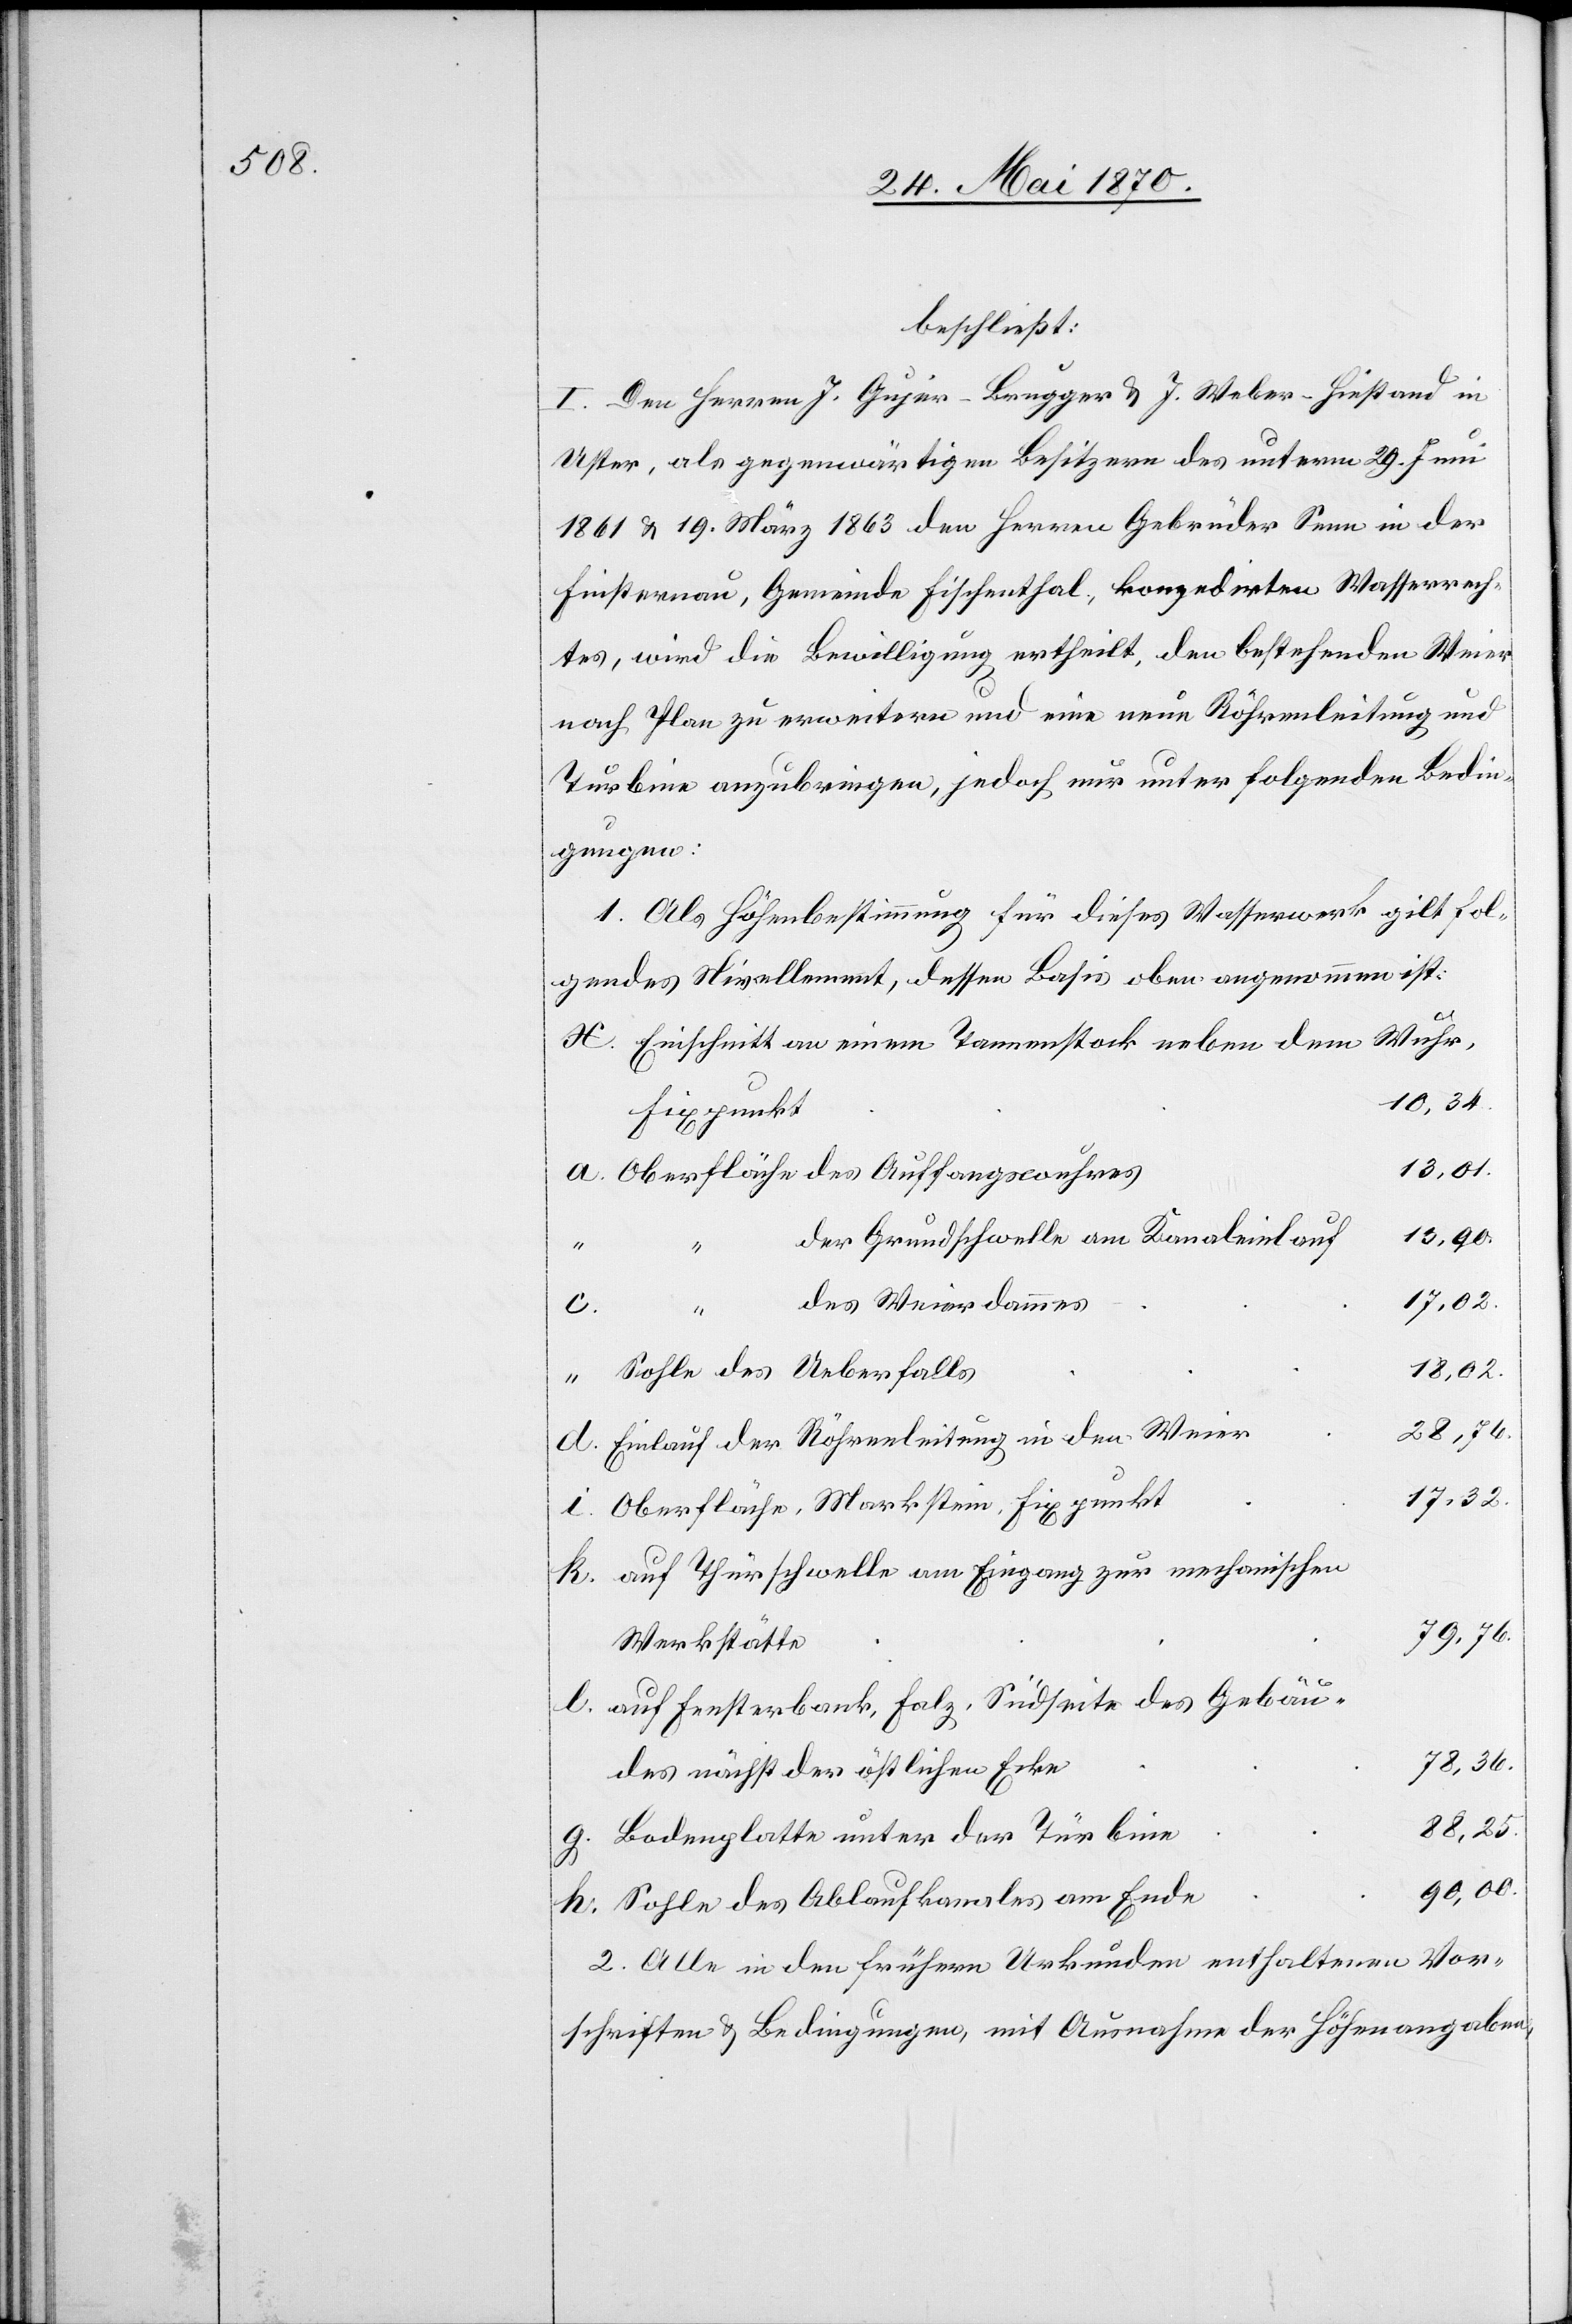
beschließt:
I. Den Herren J. Gujer-Brugger & J. Weber-Hiestand in
Uster, als gegenwärtigen Besitzern des unterm 29. Juni
1861 & 19. März 1863 den Herren Gebrüder Senn in der
Finsternau, Gemeinde Fischenthal, konzedirten Wasserrech¬
tes, wird die Bewilligung ertheilt, den bestehenden Weier
nach Plan zu erweitern und eine neue Röhrenleitung und
Turbine anzubringen, jedoch nur unter folgenden Bedin¬
gungen:
1. Als Höhenbestimmung für dieses Wasserwerk gilt fol¬
gendes Nivellement, dessen Basis oben angenommen ist:
Einschnitt an einem Tannenstock neben dem Wuhr,
10,34.
Fixpunkt
Oberfläche des Auffangswuhres
13,90.
der Grundschwelle am Kanaleinlauf
17,32.
des Weierdammes
l.
h.
18,02.
Sohle des Ueberfalls
28,76.
Einlauf der Röhrenleitung in den Weier
Oberfläche, Markstein, Fixpunkt
auf Thürschwelle am Eingang zur mechanischen
79,76.
Werkstätte
auf Fensterbank, Falz, Südseite des Gebäu¬
des nächst der östlichen Ecke
88,25.
Bodenplatte unter der Türbine
90,00.
Sohle des Ablaufkanales am Ende
2. Alle in den frühern Urkunden enthaltenen Vor¬
schriften & Bedingungen, mit Ausnahme der Höhenangaben,